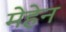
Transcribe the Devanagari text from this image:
मेहेन